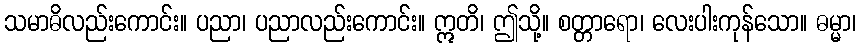
သမာဓိလည်းကောင်း။ ပညာ၊ ပညာလည်းကောင်း။ ဣတိ၊ ဤသို့။ စတ္တာရော၊ လေးပါးကုန်သော။ ဓမ္မာ၊